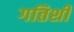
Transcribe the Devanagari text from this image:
गतिशी